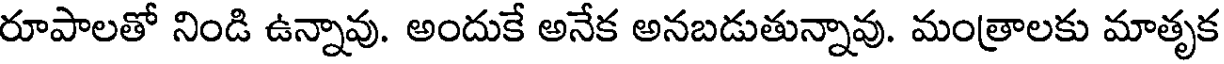
రూపాలతో నిండి ఉన్నావు. అందుకే అనేక అనబడుతున్నావు. మంత్రాలకు మాతృక